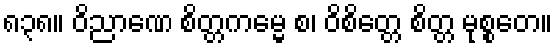
၈၃၈။ ဝိညာဏေ စိတ္တကမ္မေ စ၊ ဝိစိတ္တေ စိတ္တ မုစ္စတေ။